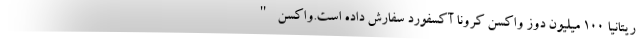
ریتانیا 100 میلیون دوز واکسن کرونا آکسفورد سفارش داده است.واکسن "